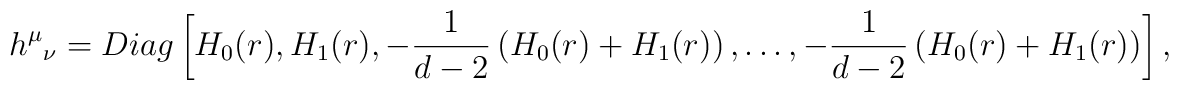
{h^\mu}_\nu =Diag\left[H_0(r),H_1(r),-\frac{1}{d-2}\left(H_0(r)+H_1(r)\right),\ldots,   -\frac{1}{d-2}\left(H_0(r)+H_1(r)\right)\right],